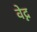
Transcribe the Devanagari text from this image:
वेद्न